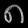
Digit: ၈